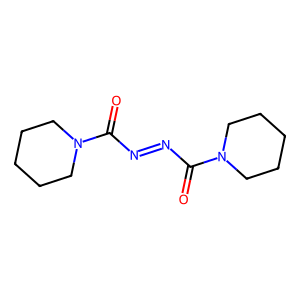
SMILES: O=C(N=NC(=O)N1CCCCC1)N1CCCCC1
Inhibits HIV replication: No